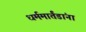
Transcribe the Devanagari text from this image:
धर्ममार्तंडांना